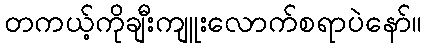
တကယ့်ကိုချီးကျူးလောက်စရာပဲနော်။